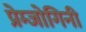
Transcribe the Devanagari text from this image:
प्रेम्जोगिनी